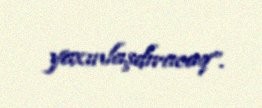
yaxınlaşdıracaq”.